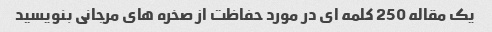
یک مقاله 250 کلمه ای در مورد حفاظت از صخره های مرجانی بنویسید